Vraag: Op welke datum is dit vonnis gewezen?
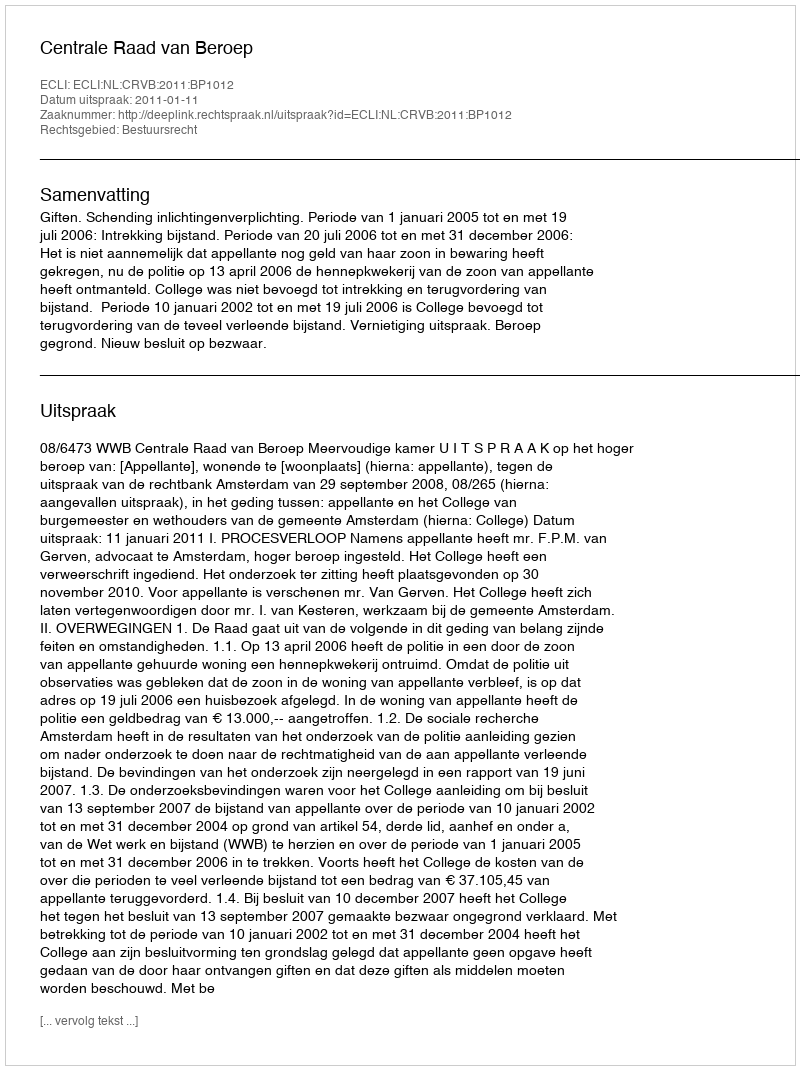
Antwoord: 2011-01-11